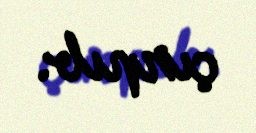
çırpıb.